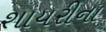
શાયરીના